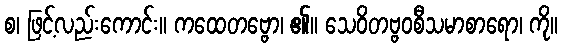
စ၊ ဖြင့်လည်းကောင်း။ ကထေတဗ္ဗော၊ ၏။ သေဝိတဗ္ဗဝစီသမာစာရော၊ ကို။